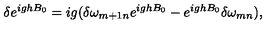
\delta e ^ { i g h B _ { 0 } } = i g ( \delta \omega _ { m + 1 n } e ^ { i g h B _ { 0 } } - e ^ { i g h B _ { 0 } } \delta \omega _ { m n } ) ,